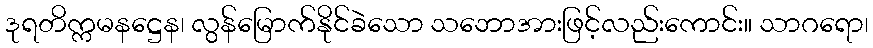
ဒုရတိက္ကမနဋ္ဌေန၊ လွန်မြောက်နိုင်ခဲသော သဘောအားဖြင့်လည်းကောင်း။ သာဂရော၊